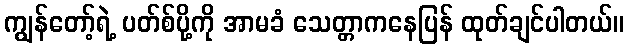
ကျွန်တော့်ရဲ့ ပတ်စ်ပို့ကို အာမခံ သေတ္တာကနေပြန် ထုတ်ချင်ပါတယ်။